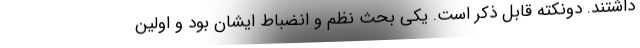
داشتند. دونکته قابل ذکر است. یکی بحث نظم و انضباط ایشان بود و اولین